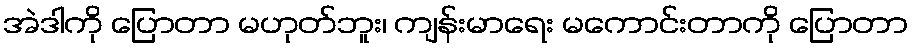
အဲဒါကို ပြောတာ မဟုတ်ဘူး၊ ကျန်းမာရေး မကောင်းတာကို ပြောတာ